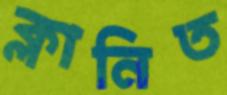
ক্লানিত